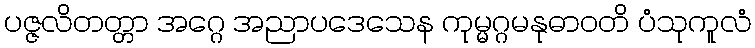
ပဇ္ဇလိတတ္တာ အဂ္ဂေ အညာပဒေသေန ကုမ္မဂ္ဂမနုဓာဝတိ ပံသုကူလံ